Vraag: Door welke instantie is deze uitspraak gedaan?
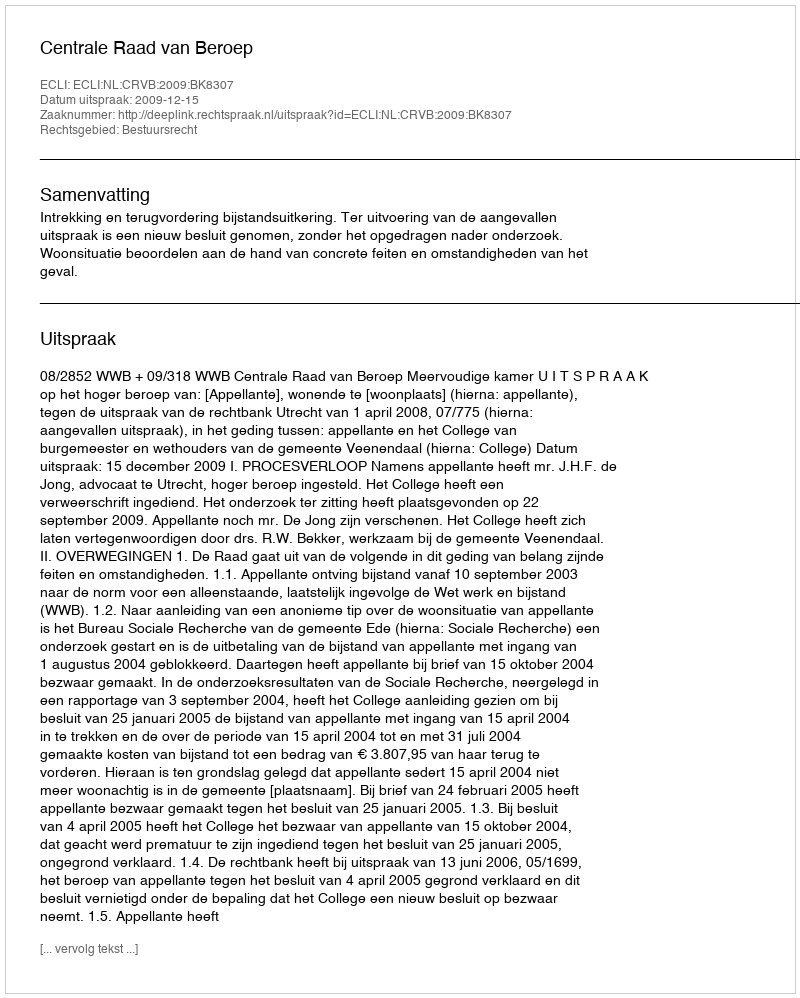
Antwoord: Centrale Raad van Beroep